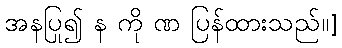
အနပြု၍ န ကို ဏ ပြန်ထားသည်။]